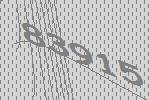
83915